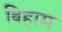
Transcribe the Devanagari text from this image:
बिहाम